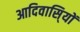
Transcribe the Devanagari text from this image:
आदिवासि्यों